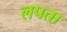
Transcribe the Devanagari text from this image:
लपता